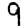
Digit: 9